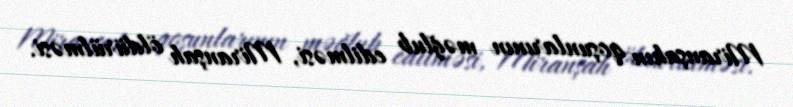
Miranşahın qoşunlarının məğlub edilməsi, Miranşah öldürülməsi.